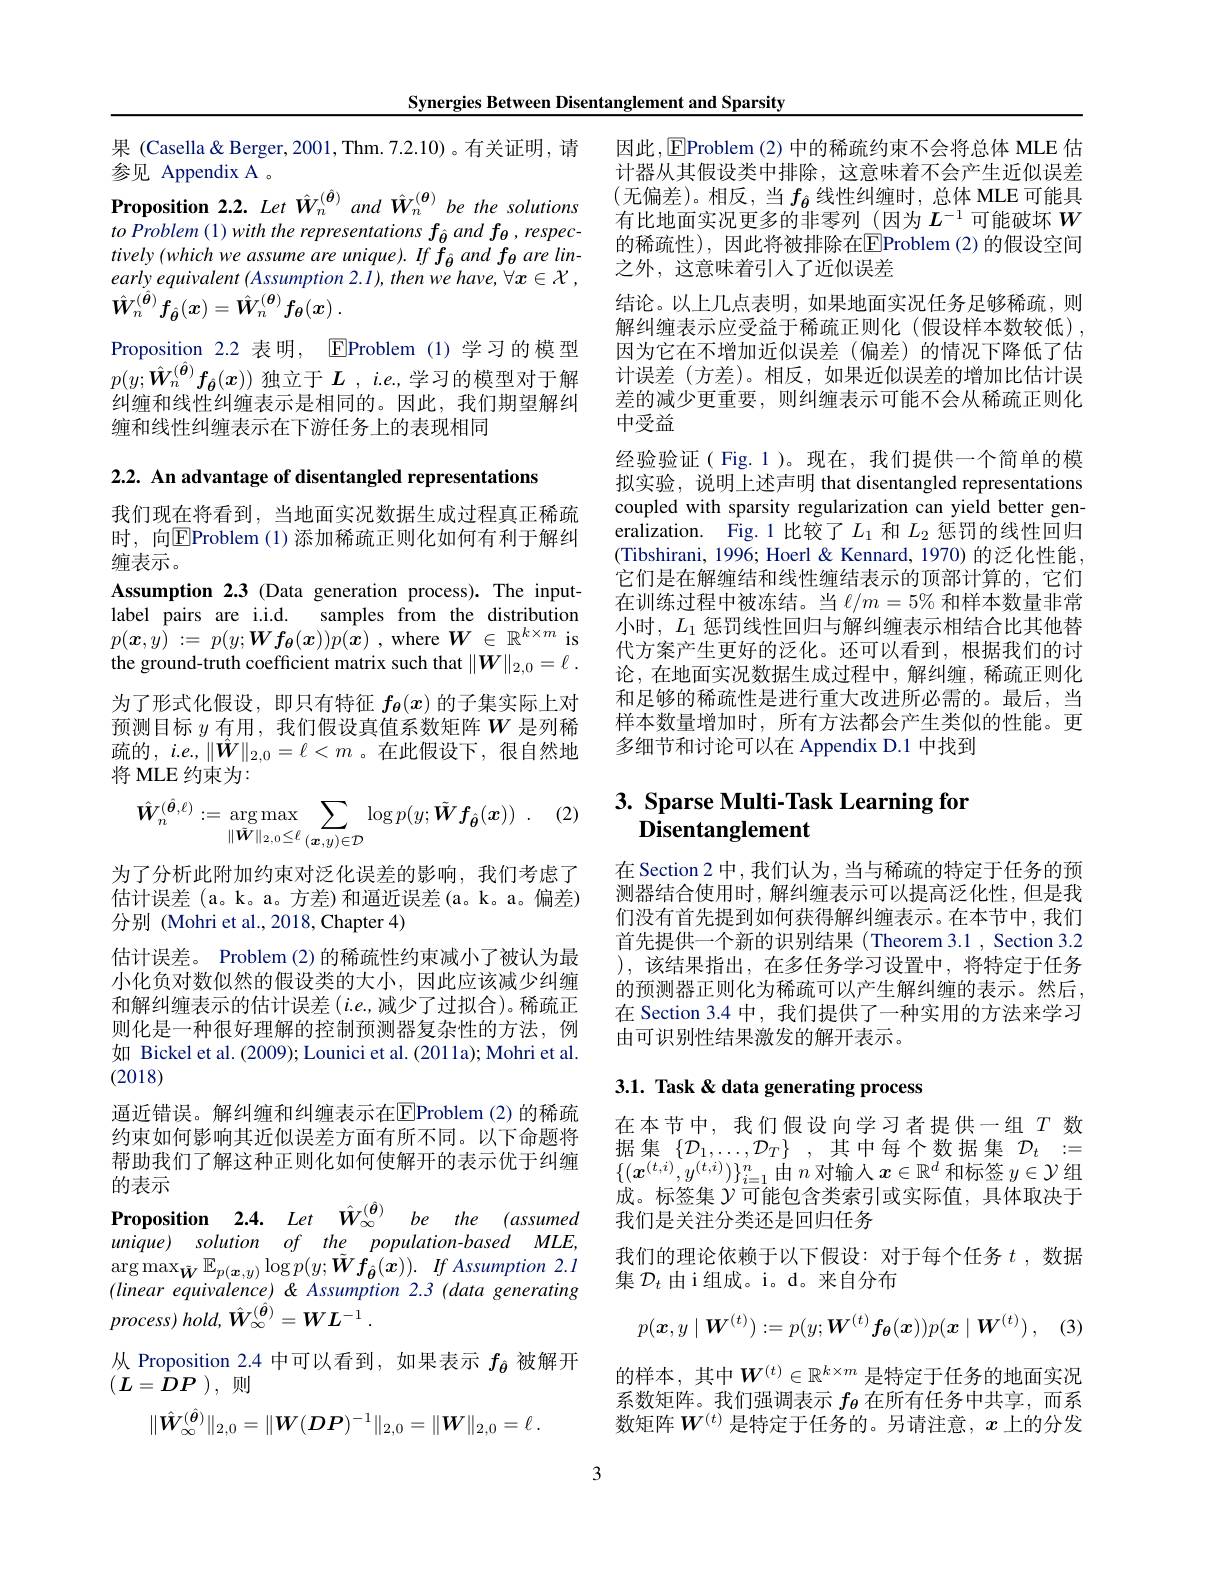
Synergies Between Disentanglement and Sparsity

果 (Casella& Berger, 2001, Thm. 7.2.10)。有关证明，请
参见 Appendix A 。
Proposition 2.2. Let $\hat{W}_n^{(\hat{\boldsymbol{\theta}})}$ and $\hat{W}_n^{(\boldsymbol{\theta})}$ be the solutions to Problem (1) with the representations $f_{\hat{\boldsymbol{\theta}}}$ and $f_{\theta},respec-$ tively $( which$ $we$ assume are $unique) .$ $If$ $f_{\hat{\theta } }$ and $f_{\theta }$ are $lin-$ early equivalent (Assumption 2.1), then we have, $\forall x\in \mathcal{X}$ , $\hat{\boldsymbol{W}} _{n}^{( \hat{\boldsymbol{\theta }} ) }f_{\hat{\boldsymbol{\theta }} }( \boldsymbol{x}) = \hat{\boldsymbol{W}} _{n}^{( \boldsymbol{\theta }) }f_{\boldsymbol{\theta }}( \boldsymbol{x})$ .
Proposition 2.2 表明，$\operatorname{E\text{Problem(1)学习的模型}}$ $p(y;\hat{\boldsymbol{W}}_n^{(\hat{\boldsymbol{\theta}})}f_{\hat{\boldsymbol{\theta}}}(x))$ 独立于 $L,i.e.$,学习的模型对于解纠缠和线性纠缠表示是相同的。因此，我们期望解纠缠和线性纠缠表示在下游任务上的表现相同

2.2. An advantage of disentangled representations

我们现在将看到，当地面实况数据生成过程真正稀疏时，向$\boxed{\mathrm{E}}$Problem (1)添加稀疏正则化如何有利于解纠缠表示。
Assumption 2.3 (Data generation process). The inputlabel pairs are i.i.d. samples from the distribution $p( \boldsymbol{x}, y)$ := $p( y; \boldsymbol{W}\boldsymbol{\underset {\theta }{f}}( \boldsymbol{x}) ) p( \dot{x} )$ ,where $\boldsymbol W\in\mathbb{R}^k\times m$ is the ground-truth coefficient matrix such that $\| \boldsymbol{W}\| _{2, 0}= \ell$ . 为了形式化假设，即只有特征$f_{\boldsymbol{\theta}}(x)$的子集实际上对预测目标$y$有用，我们假设真值系数矩阵$W$是列稀疏的，$i.e.,\|\hat{\boldsymbol{W}}\|_{2,0}=\ell<m$ 。在此假设下，很自然地将 MLE 约束为：

(2)
$$\hat{\boldsymbol{W}}_{n}^{{(\hat{\boldsymbol{\theta}},\ell)}}:=\arg\max_{{\|\tilde{\boldsymbol{W}}\|_{2,0}\leq\ell}}\sum_{{(\boldsymbol{x},y)\in\mathcal{D}}}\log p(y;\tilde{\boldsymbol{W}}\boldsymbol{f}_{{\hat{\boldsymbol{\theta}}}}(\boldsymbol{x}))\:.$$
为了分析此附加约束对泛化误差的影响，我们考虑了估计误差 (a。k。a。方差) 和逼近误差 (a。k。a。偏差) 分别 (Mohri et al., 2018, Chapter 4)
估计误差。Problem (2)的稀疏性约束减小了被认为最小化负对数似然的假设类的大小，因此应该减少纠缠和解纠缠表示的估计误差 $(i.e.$,减少了过拟合)。稀疏正则化是一种很好理解的控制预测器复杂性的方法，例如 Bickel et al. (2009); Lounici et al. (2011a); Mohri et al. (2018)
通近错误。解纠缠和纠缠表示在$\overline{\mathrm{E}}$Problem(2)的稀疏约束如何影响其近似误差方面有所不同。以下命题将帮助我们了解这种正则化如何使解开的表示优于纠缠的表示
Proposition 2.4. Let $\hat{W} _{\infty }^{( \hat{\boldsymbol{\theta }} ) }$ $be$ the $( assumed$ $unique)$ solution $of$ the $population- based$ $MLE$, $\underset {( a\cdot b) }{\operatorname* { \operatorname* { \operatorname* { \arg \operatorname* { max} } } } }_{\tilde{\boldsymbol{W}} }\mathbb{E} _{p( \boldsymbol{x}, y) }\log p( y; \tilde{\boldsymbol{W}} f_{\hat{\boldsymbol{\theta }} }( \boldsymbol{x}) ) .$ $If$ Assumption 2.1 $(linearequivalence)\&Assumption2.3(datagenerating$ $process)$ $hold$, $\hat{\boldsymbol{W}} _{\infty }^{( \hat{\boldsymbol{\theta }} ) }= WL^{- 1}.$
从 Proposition 2.4 中可以看到，如果表示$f_{\hat{\boldsymbol{\theta}}}$被解开
$(\boldsymbol{L}=D\boldsymbol{P})$,则
$$\|\hat{\boldsymbol{W}}_\infty^{(\hat{\boldsymbol{\theta}})}\|_{2,0}=\|\boldsymbol{W}(\boldsymbol{D}\boldsymbol{P})^{-1}\|_{2,0}=\|\boldsymbol{W}\|_{2,0}=\ell\:.$$
因此，EProblem (2)中的稀疏约束不会将总体 MLE 估计器从其假设类中排除，这意味着不会产生近似误差(无偏差)。相反，当$f_\hat{\boldsymbol{\theta}}$线性纠缠时，总体 MLE 可能具有比地面实况更多的非零列\_(因为$L^-1$可能破坏$W$ 的稀疏性),因此将被排除在$\boxed{\mathrm{E}}$Problem (2)的假设空间之外，这意味着引人了近似误差
结论。以上几点表明，如果地面实况任务足够稀疏，则解纠缠表示应受益于稀疏正则化(假设样本数较低), 因为它在不增加近似误差(偏差)的情况下降低了估计误差(方差)。相反，如果近似误差的增加比估计误差的减少更重要，则纠缠表示可能不会从稀疏正则化中受益
经验验证( Fig. 1 )。现在，我们提供一个简单的模拟实验，说明上述声明 that disentangled representations coupled with sparsity regularization can yield better generalization. Fig.1 比较了$L_1$和$L_2$惩罚的线性回归(Tibshirani, 1996; Hoerl & Kennard, 1970) 的泛化性能， 它们是在解缠结和线性缠结表示的顶部计算的，它们在训练过程中被冻结。当$\ell/m=5\%$和样本数量非常小时，$L_1$惩罚线性回归与解纠缠表示相结合比其他替代方案产生更好的泛化。还可以看到，根据我们的讨论，在地面实况数据生成过程中，解纠缠，稀疏正则化和足够的稀疏性是进行重大改进所必需的。最后，当样本数量增加时，所有方法都会产生类似的性能。更多细节和讨论可以在 Appendix D.1 中找到

## 3. Sparse Multi-Task Learning for Disentanglement

在 Section 2 中 , 我们认为 , 当与稀疏的特定于任务的预测器结合使用时，解纠缠表示可以提高泛化性，但是我们没有首先提到如何获得解纠缠表示。在本节中，我们首先提供一个新的识别结果(Theorem 3.1, Section 3.2 ),该结果指出，在多任务学习设置中，将特定于任务的预测器正则化为稀疏可以产生解纠缠的表示。然后， 在 Section 3.4 中，我们提供了一种实用的方法来学习由可识别性结果激发的解开表示。

## 3.1. Task & data generating process

在本节中，我们假设向学习者提供一组$T$数据集$\{\mathcal{D}_1,\ldots,\mathcal{D}_T\}$,其中每个数据集$\mathcal{D}_t:=$ $\{(\boldsymbol{x}^{(t,i)},y^{(t,i)})\}_{i=1}^n$由$n$对输入$\boldsymbol x\in\mathbb{R}^d$和标签$y\in\mathcal{Y}$组成。标签集$\mathcal{Y}$可能包含类索引或实际值，具体取决于我们是关注分类还是回归任务
我们的理论依赖于以下假设：对于每个任务$t$ ,数据
集$\mathcal{D}_t$由 i 组成。i。d。来自分布
$$p(\boldsymbol{x},y\mid\boldsymbol{W}^{(t)}):=p(y;\boldsymbol{W}^{(t)}\boldsymbol{f}_{\boldsymbol{\theta}}(\boldsymbol{x}))p(\boldsymbol{x}\mid\boldsymbol{W}^{(t)})\:,$$
的样本，其中$\boldsymbol{W}^{(t)}\in\mathbb{R}^{k\times m}$ 是特定于任务的地面实况系数矩阵。我们强调表示$f_\mathrm{\theta}$在所有任务中共享，而系数矩阵$\boldsymbol{W}^{(t)}$ 是特定于任务的。另请注意，$x$ 上的分发

3